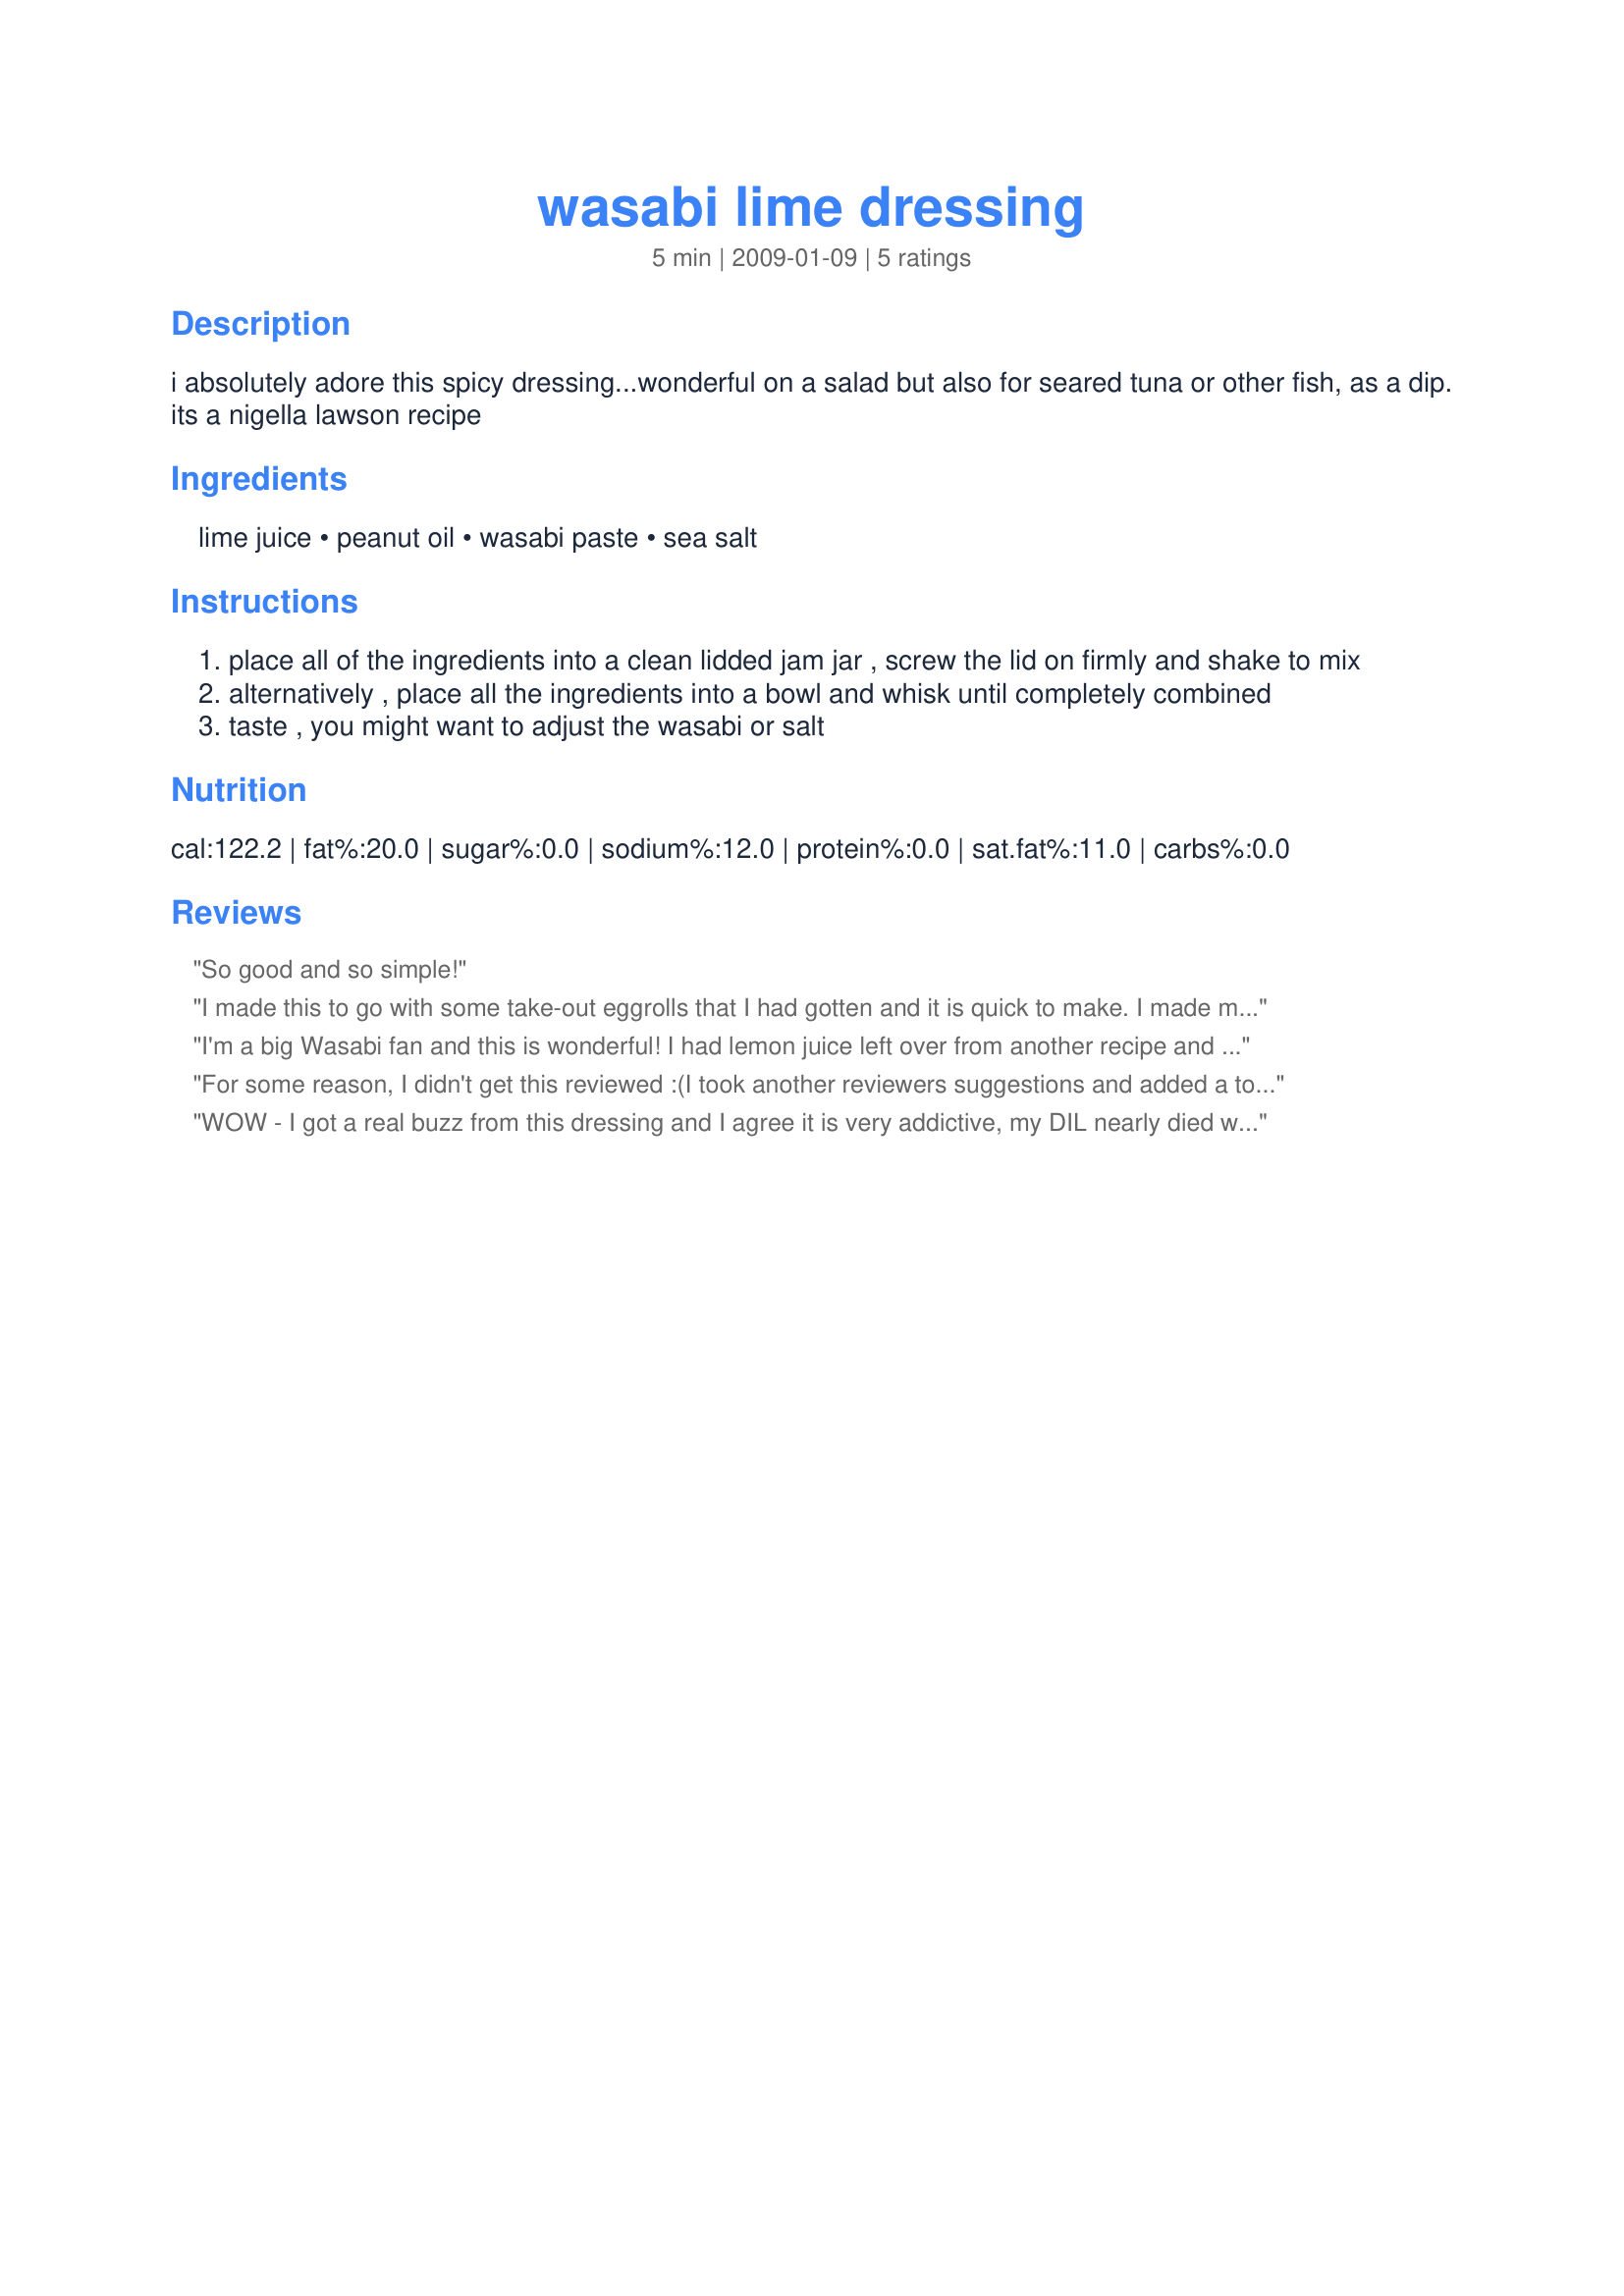
wasabi lime dressing
Preparation time: 5 minutes

i absolutely adore this spicy dressing...wonderful on a salad but also for seared tuna or other fish, as a dip.
its a nigella lawson recipe

Ingredients:
lime juice, peanut oil, wasabi paste, sea salt

Steps:
place all of the ingredients into a clean lidded jam jar , screw the lid on firmly and shake to mix
alternatively , place all the ingredients into a bowl and whisk until completely combined
taste , you might want to adjust the wasabi or salt

Reviews:
So good and so simple!
I made this to go with some take-out eggrolls that I had gotten and it is quick to make. I made my own wasabi paste from wasabi powder and hot water. For this wasabi dressing not being cream-based, it is really good!!! I added a little sugar to give a little yin to the yang of the lime and wasabi. I also added a small drop of toasted sesame oil and a pinch more salt. The 1 TBSP of wasabi paste is just the right amount to give you that wasabi burn in the throat and not enter the nose, very good balance there! I used a hand-held mixer with whisk attachment to get a really good creamy consistency. This is a good one to play with, thanks for posting!! Made for the Cooking with an Asian Accent event, March 2009.
I'm a big Wasabi fan and this is wonderful! I had lemon juice left over from another recipe and made this dressing with it instead of the lime - it's great on pasta and sauteed veggies!
For some reason, I didn't get this reviewed :(<br/>I took another reviewers suggestions and added a touch of sesame oil.<br/>I made my wasabi paste and followed the rest of the recipe as written.<br/>It was very good! Not authentic, but excellent in flavor. I served it with potstickers and egg rolls along with the soy based sauce. The leftovers was used a week later with stir fry LOL.<br/>Made for the Pets Memorial cook a thon.
WOW - I got a real buzz from this dressing and I agree it is very addictive, my DIL nearly died when she tried it LOL - not a very adventurous soul!!! I love this on cheese on toast and it does wonders for bland fish. Thanks for this one. Posted for zaar tag.
